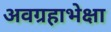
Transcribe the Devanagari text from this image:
अवग्रहाभेक्षा